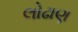
લોઢાણ